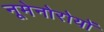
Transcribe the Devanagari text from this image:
नूमेनोरोयों